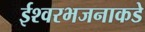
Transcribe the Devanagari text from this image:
ईश्वरभजनाकडे